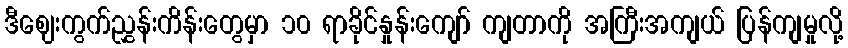
ဒီဈေးကွက်ညွှန်းကိန်းတွေမှာ ၁၀ ရာခိုင်နှုန်းကျော် ကျတာကို အကြီးအကျယ် ပြန်ကျမှုလို့